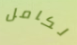
لكامل